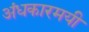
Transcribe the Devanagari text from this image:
अंधकारमयी